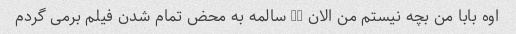
اوه بابا من بچه نیستم من الان 17 سالمه به محض تمام شدن فیلم برمی گردم